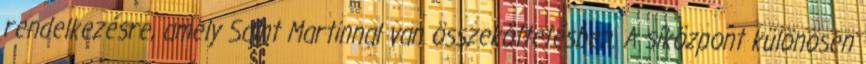
rendelkezésre, amely Saint Martinnal van összeköttetésben. A síközpont különösen